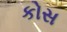
કોસ